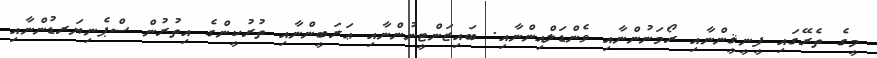
މީގެ ތެރޭގައި ފީނީޤީންނާއި ރޯމަނުންނާއި ވެންޑަލްއިންނާއި. ބައިޒަންޓީނުންނާއި ޢަރަބީންނާއި ތުރުކީންގެ އިތުރުން ސްޕެނިޔަރޑުންނާއި